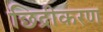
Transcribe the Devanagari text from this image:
छिद्रीकरण